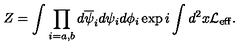
Z = \int \prod _ { i = a , b } d \overline { { \psi } } _ { i } d \psi _ { i } d \phi _ { i } \exp i \int d ^ { 2 } x { \cal L _ { \mathrm { e f f } } } .